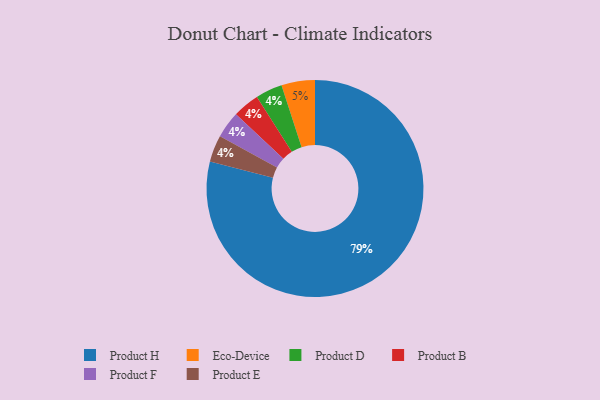
{"axis": {"x": "Category", "y": "Percentage"}, "legend": ["Eco-Device", "Product B", "Product D", "Product E", "Product F", "Product H"], "data": [{"x": "Product H", "y": 79, "type": "Product H"}, {"x": "Eco-Device", "y": 5, "type": "Eco-Device"}, {"x": "Product D", "y": 4, "type": "Product D"}, {"x": "Product B", "y": 4, "type": "Product B"}, {"x": "Product F", "y": 4, "type": "Product F"}, {"x": "Product E", "y": 4, "type": "Product E"}]}